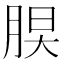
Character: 𦜃